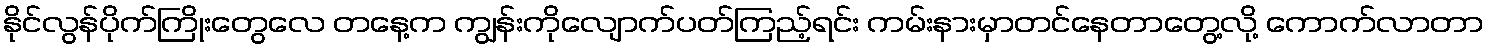
နိုင်လွန်ပိုက်ကြိုးတွေလေ တနေ့က ကျွန်းကိုလျောက်ပတ်ကြည့်ရင်း ကမ်းနားမှာတင်နေတာတွေ့လို့ ကောက်လာတာ